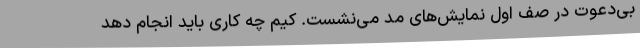
بی‌دعوت در صف اول نمایش‌های مد می‌نشست. کیم چه کاری باید انجام دهد